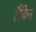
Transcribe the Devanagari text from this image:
हैंकिन